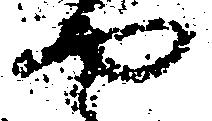
や